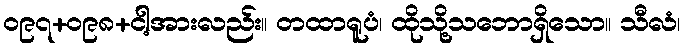
ဝ၉၇+ဝ၉၈+ငါ့အားလည်း။ တထာရူပံ၊ ထိုသို့သဘောရှိသော။ သီလံ၊